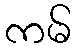
ကမ်